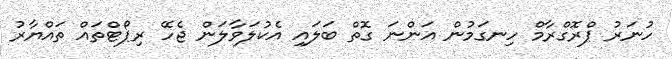
ހުނަރު ޕްރޮގްރާމް ހިނގަމުން އަންނަ ގޮތް ބަލައި އެކުލަވާލަން ޖެހޭ ރިޕޯޓްތައް ތައްޔާރު